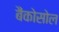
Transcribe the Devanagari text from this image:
बैंकोसोल